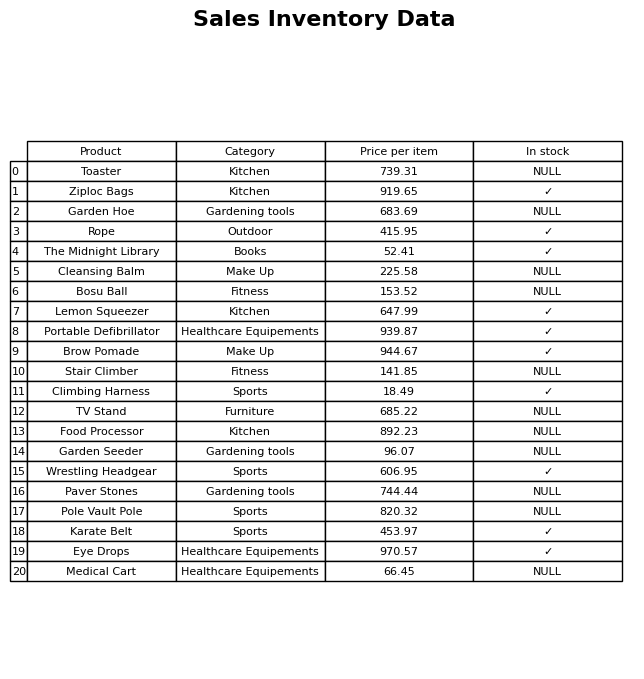
question: What is the price of the Eye Drops?
answer: The price of Eye Drops is 970.57.